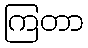
ကြတာ